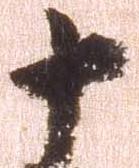
十